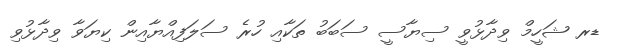
ޑރ ޝަހީމް ވިދާޅުވީ ސިޔާސީ ސަބަބު ތަކާއި ހުރެ ސަލަފިއްޔާއިން ކިޔަވާ ވިދާޅުވި